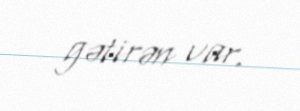
gətirən var.